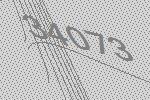
34073